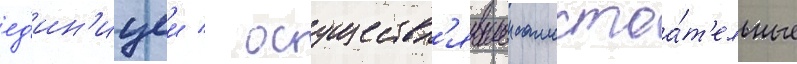
ед'ин'ицеи / осуществл'явшеи самостоа́т'ельные